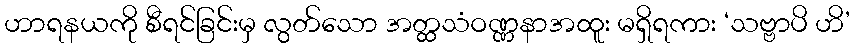
ဟာရနယကို စီရင်ခြင်းမှ လွတ်သော အတ္ထသံဝဏ္ဏနာအထူး မရှိရကား ‘သဗ္ဗာပိ ဟိ’